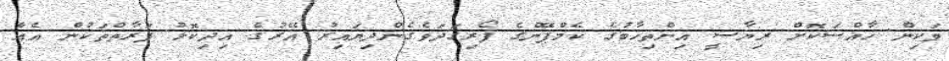
ވަކިން ހާއްސަކޮށް ރިޔާސީ އިންތިހާބުގެ ކެމްޕޭންގެ ފޯރިގަދަވެގެންދިޔައިރު އޭރުގެ އިދިކޮޅު ފަރާތްތަކުން އެއް